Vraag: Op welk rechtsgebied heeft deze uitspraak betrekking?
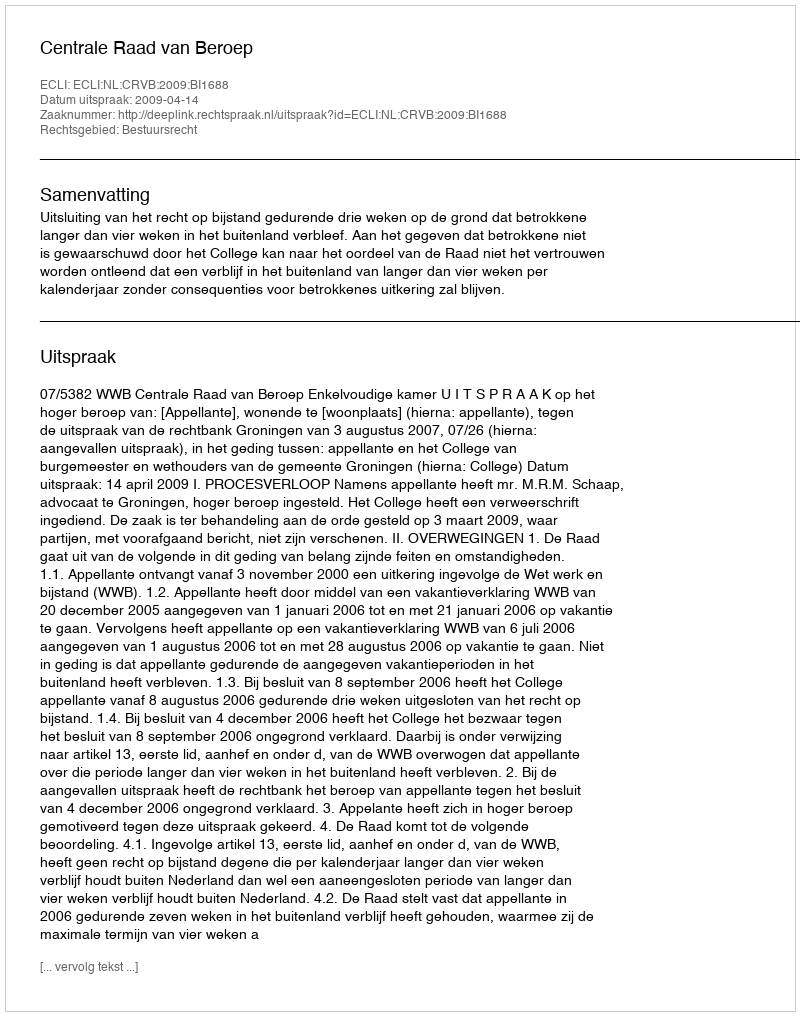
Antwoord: Bestuursrecht